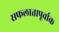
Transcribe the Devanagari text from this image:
सफलातापूर्वाक